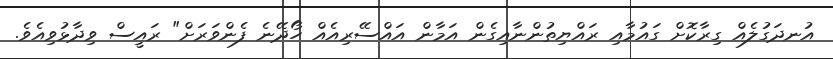
އުނދަގުލެއް ގިރާކޮށް ގައުމާއި ރައްޔިތުންނާއިގެން އަމާން އައްސޭރިއެއް ހޯދޭނެ ފެންވަރަށް" ރައީސް ވިދާޅުވިއެވެ.